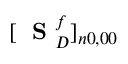
[ \mathrm { ~ \bf ~ S ~ } _ { D } ^ { f } ] _ { n 0 , 0 0 }